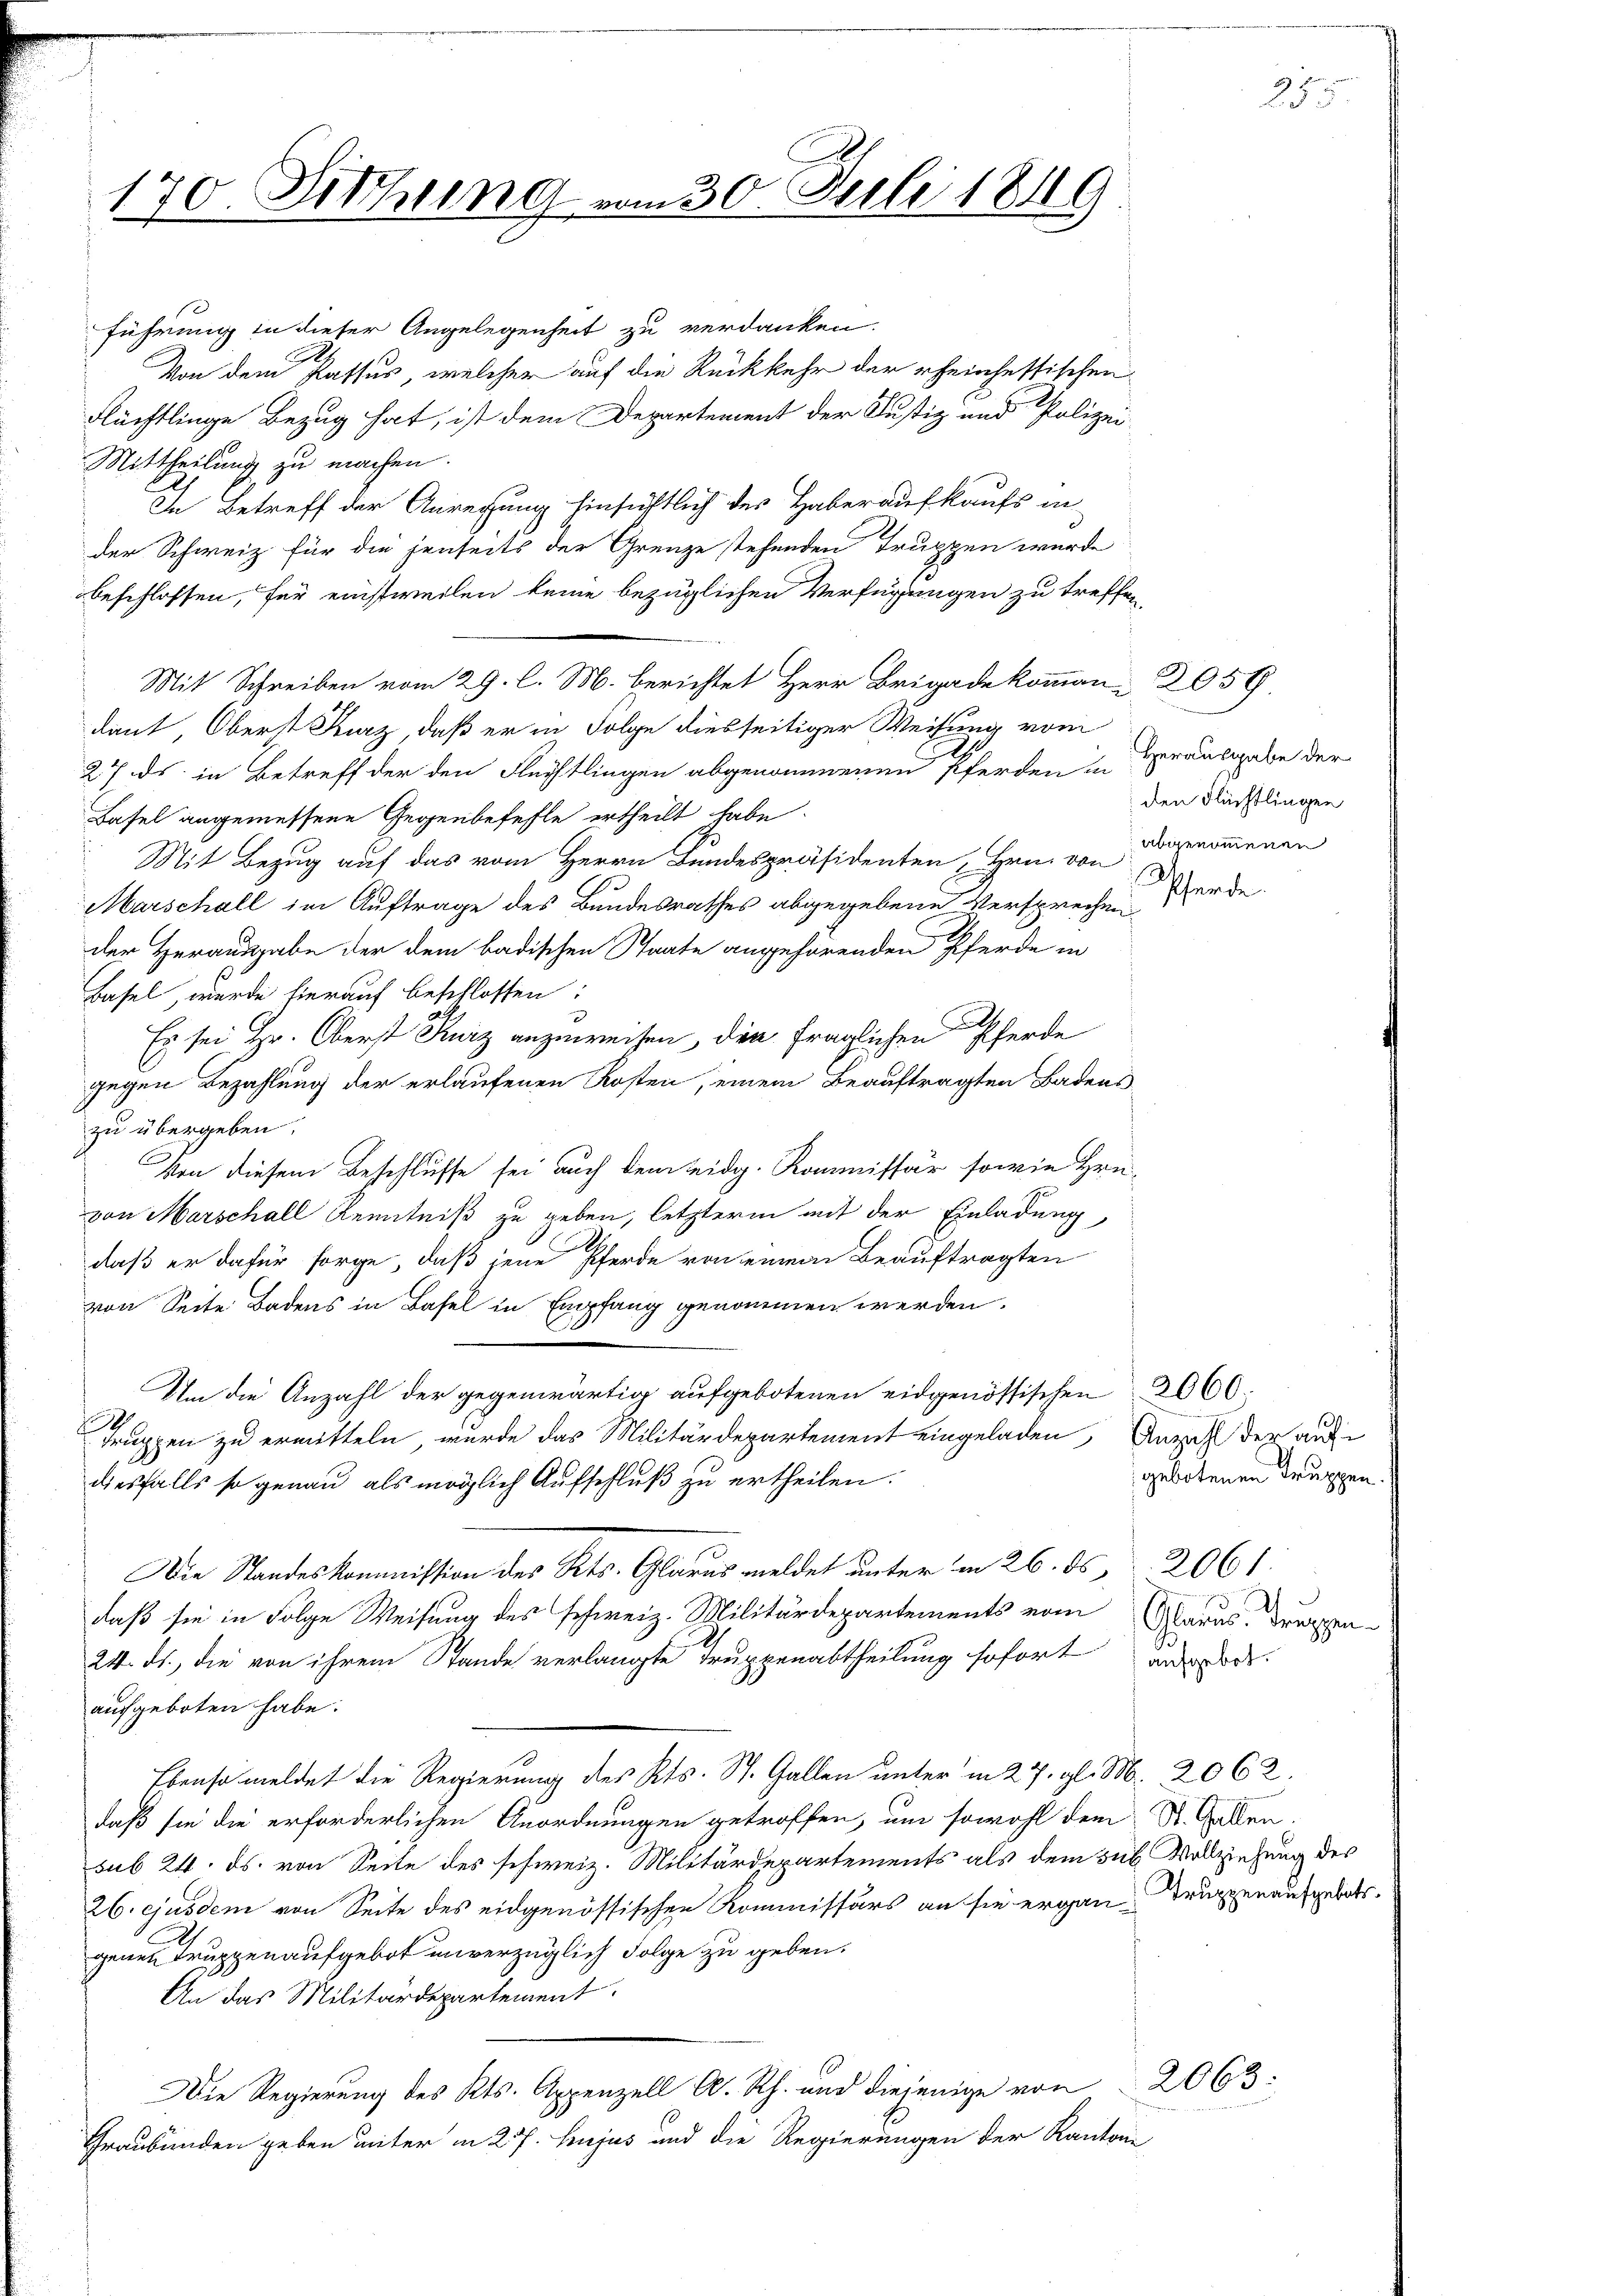
170. Sitzung

führung in dieser Angelegenheit zu verdanken.
Von dem Passus, welcher auf die Rückkehr der rheirhessischen
Rüchtlinge Bezug hat, ist dem Departement der Justiz und Polizei¬
Mittheilung zu machen.
In Betreff der Anregung hinsichtlich des Haberaufkaufs an
der Schweiz für die jenseits der Grenze stehenden Truppen wurde
beschlossen, für einstweilen keine bezüglichen Verfügungen zu treffen,
Mit Schreiben vom 29. l. M. berichtet Herr Brigade komman 2059.
dant, Oberst Kurz, daß er in Folge diesseitiger Weisung vom
27. ds. in Betreff der den Flüchtlingen abgenommenen Pferden in
Basel angemessene Gegenbefehle ertheilt habe
Mit Bezug auf das vom Herrn Bundespräsidenten Hrn. von genommenen
Marschall im Auftrage des Bundesrathes abgegebene Versprechen
der Herausgabe der dem badischen Staate angehörenden Pferde in
Basel, wurde hierauf beschlossen:
d
.
Es sei Hr. Oberst Kurz anzuweisen, den fraglichen Pferde
gegen Bezahlung der erlaufenen Kosten, einem Beauftragten Badens
zu übergeben.
Von diesem Beschlusse sei auch dem eidg. Kommissär sowie Hrn.
von Marschall Kenntniß zu geben, letzterm mit der Einladung,
e
daß er dafür sorge, daß jene Pferde von einem Beauftragten
von Seite Badens in Basel in Empfang genommen werden.
Um die Anzahl der gegenwärtig aufgebotenen eidgenössischen 2660.
9
truppen zu ermitteln, wurde das Militärdepartement eingeladen, Anzahl der aufdiesfalls so genau als möglich Aufschluß zu ertheilen.
Die Standeskommission des Kts. Glarus meldet unter in 26. ds. 2061
daß sie in Folge Weisung des schweiz. Militärdepartements vom Carus, Truppen-
24. ds., die von ihrem Stande verlangte Truppenabtheilung sofort ausge
aufgeboten habe.
Ebenso meldet die Regierung des Kts. St. Gallen unter in 27. gl. M. 2062.
daß sie die erforderlichen Anordnungen getroffen, um sowohl dem St. Gallen.
sub 24. ds. von Seite des schweiz. Militärdepartements als dem sub. Vollziehung des
26. ejusdem von Seite des eidgenössischen Kommissärs an sie ergan Truppenaufgebatt.
genen Truppenaufgebot unverzüglich Folge zu geben.
An das Militärdepartement.
Die Regierung des Kts. Appenzell A. Rh. und diejenige von
Graubünden geben unter in 27. hujus und die Regierungen der Kantone

vom 30. Juli 1849

Herausgabe der
den Flüchtlingen
Pferde

gebotenen Truppen.

2063:

255